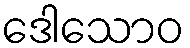
ဒေါသောဝ